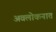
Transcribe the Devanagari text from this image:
अवलोकनात